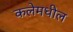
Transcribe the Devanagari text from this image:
कलेमधील